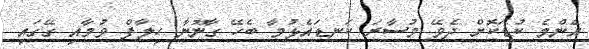
އެންމެ ކުޑަކޮށް ދެވޭ މުސާރަ ކަނޑައެޅުމާ ބެހޭ ގާނޫނާ ހިލާފް ވުމާއި ގޭގައި